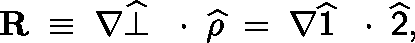
{ \bf R } \; \equiv \; \nabla \widehat { \bot } \, \mathrm { ~ \boldmath ~ \cdot ~ } \, \widehat { \rho } \; = \; \nabla \widehat { \sf 1 } \, \mathrm { ~ \boldmath ~ \cdot ~ } \, \widehat { \sf 2 } ,